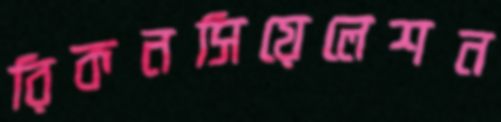
রিকনসিয়েলেশন